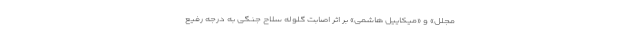
مجلل» و «میکاییل هاشمی» بر اثر اصابت گلوله سلاح جنگی به درجه رفیع